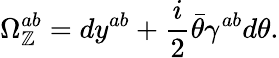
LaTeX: \Omega_{\mathbb{Z}}^{ab}=dy^{ab}+{\frac{{i}}{{2}}}\bar{{\theta}}\gamma^{ab}d\theta.